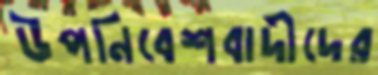
উপনিবেশবাদীদের